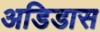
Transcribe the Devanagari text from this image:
अडिडास